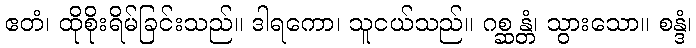
ဧတံ၊ ထိုစိုးရိမ်ခြင်းသည်။ ဒါရကော၊ သူငယ်သည်။ ဂစ္ဆန္တံ၊ သွားသော။ စန္ဒံ၊